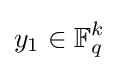
y_{1}\in \mathbb {F} _{q}^{k}